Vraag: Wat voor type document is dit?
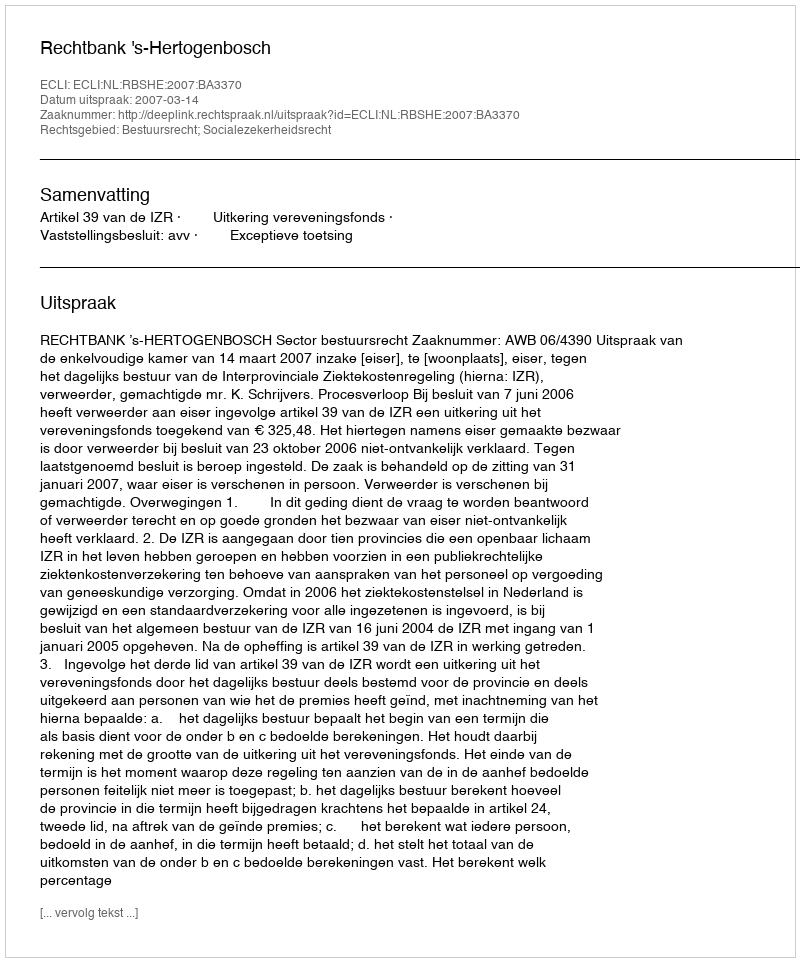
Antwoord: Uitspraak